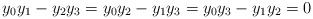
\begin{align*}y_0y_1 - y_2y_3=y_0y_2- y_1y_3=y_0y_3-y_1y_2=0 \end{align*}